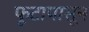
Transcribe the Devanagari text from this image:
फूटापासून